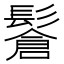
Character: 𩮩